Indian journal of veterinary science and animal husbandry - Volume 7,
Year: 1937
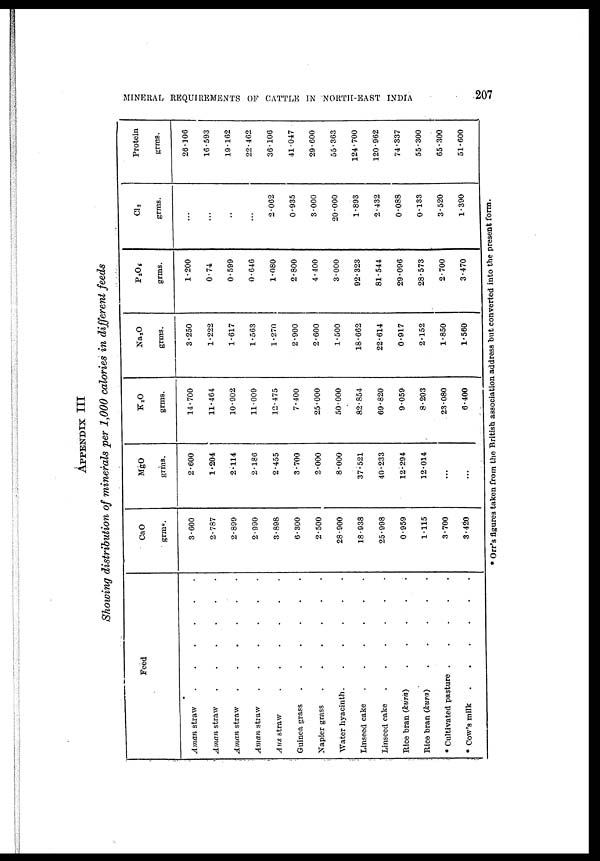
MINERAL REQUIREMENTS OF CATTLE IN NORTH-EAST INDIA
207
APPENDIX III
Showing distribution of minerals per 1,000 calories in different feeds
Feed
Aman straw . . . . . .
Aman straw
.
.
.
.
.
.
Aman straw
.
.
.
.
.
.
Aman straw
.
.
.
.
.
.
Aus straw
.
.
.
.
.
.
Guinea grass
.
.
.
.
.
.
Napier grass
.
.
.
.
.
.
Water hyacinth. . . . . .
Linseed cake . . . . . .
Linseed cake
.
.
.
.
.
.
Rice bran (kura)
.
.
.
.
.
Rice bran (kura)
.
.
.
.
.
* Cultivated pasture
.
.
.
.
.
* Cow's milk
.
.
.
.
.
.
CaO
grms.
3.600
2.787
2.899
2.990
3.898
6.300
2.500
28.900
18.938
25.998
0.959
1.115
3.700
3.420
MgO
grms.
2.600
1.204
2.114
2.186
2.455
3.700
2.000
8.000
37.521
40.233
12.294
12.014
...
...
K 2 O
grms.
14.700
11.464
10.902
11.009
12.475
7.400
25.000
50.000
82.854
69.820
9.059
8.203
23.080
6.400
Na2O
grms.
3.250
1.222
1.617
1.563
1.270
2.900
2.600
1.500
18.662
22.614
0.917
2.152
1.850
1.560
P 2 O 5
grms.
1.200
0.74
0.599
0.646
1.080
2.800
4.400
3.000
92.323
81.544
29.096
28.573
2.700
3.470
Cl 3
grms.
...
...
...
...
2.062
0.935
3.000
20.000
1.893
2.432
0.088
0.133
3.520
1.390
Protein
grms.
26.106
16.593
19.162
22.462
36.106
41.047
29.600
55.363
124.700
120.962
74.337
55.300
65.300
51.600
* Orr's figures taken from the British association address but converted into the present form.